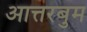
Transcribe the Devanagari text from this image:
आत्तरबुम